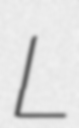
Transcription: L